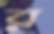
র